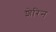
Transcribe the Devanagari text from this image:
शेरिन